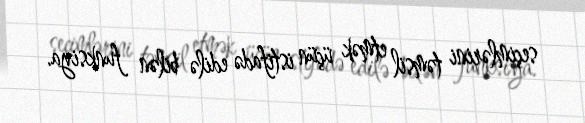
seçimlərini təmsil etmək üçün istifadə edilə bilən funksiya.